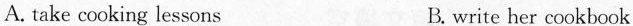
A. take cooking lessons B. write her cookbook